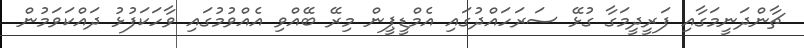
ޗާންދަނީމަގާއި ފަރީދީމަގާ ގުޅޭ ސަރަހައްދުގައި އެމްޑީޕީން މިރޭ ބޭއްވި އެއްވުމުގައި ވާހަކަފުޅު ދައްކަވަމުން